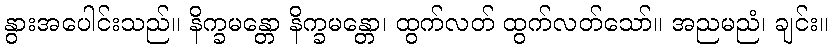
နွားအပေါင်းသည်။ နိက္ခမန္တော နိက္ခမန္တော၊ ထွက်လတ် ထွက်လတ်သော်။ အညမညံ၊ ချင်း။